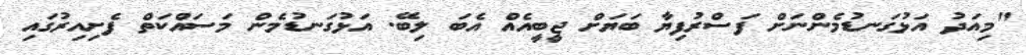
"މިއަދު އަޅުގަނޑުމެންނަށް ފަސްރުފިޔާ ބަޔަށް ޖީބީއެއް އެބަ ލިބޭ. އަޅުގަނޑުމެން މަސައްކަތް ފެށިއިރުގައި